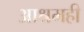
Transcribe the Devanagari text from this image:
आश्रमही